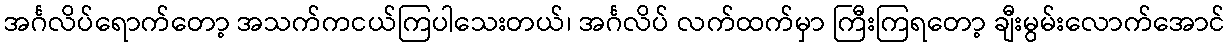
အင်္ဂလိပ်ရောက်တော့ အသက်ကငယ်ကြပါသေးတယ်၊ အင်္ဂလိပ် လက်ထက်မှာ ကြီးကြရတော့ ချီးမွမ်းလောက်အောင်